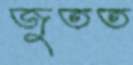
জুতত